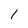
Character: l